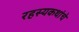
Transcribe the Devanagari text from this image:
रहस्यकथांचे